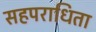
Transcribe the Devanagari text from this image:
सहपराधिता